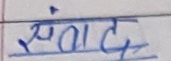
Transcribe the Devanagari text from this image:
संताद्द